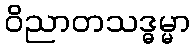
ဝိညာတသဒ္ဓမ္မာ